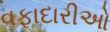
વફાદારીઓ